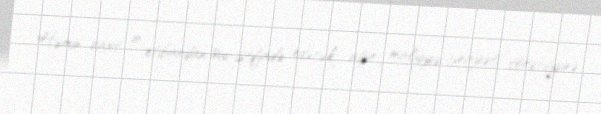
Həmin vaxt o, etibardan sui-istifadə edərək ağır maliyyə cinayəti törətdiyinə